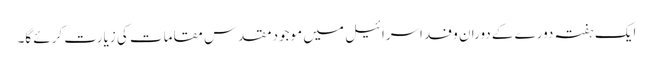
ایک ہفتہ دورے کے دوران وفد اسرائیل میں موجود مقدس مقامات کی زیارت کرئے گا۔